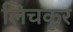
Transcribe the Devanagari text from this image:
लिचकूर